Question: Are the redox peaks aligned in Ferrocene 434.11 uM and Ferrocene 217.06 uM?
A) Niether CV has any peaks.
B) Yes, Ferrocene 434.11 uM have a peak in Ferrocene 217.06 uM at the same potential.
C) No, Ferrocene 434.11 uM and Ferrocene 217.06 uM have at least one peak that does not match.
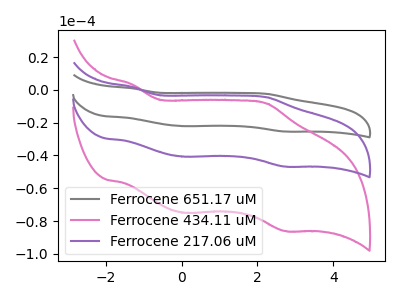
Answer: <think>The gray curve "Ferrocene 651.17 uM" has anodic peaks at (-1.30V, 3.60uA) (2.25V, -9.10uA) and cathodic peaks at (0.05V, -81.50uA) (2.75V, -93.55uA). The pink curve "Ferrocene 434.11 uM" has anodic peaks at (-1.30V, 3.30uA) (2.25V, -8.35uA) and cathodic peaks at (0.05V, -75.00uA) (2.75V, -86.10uA). The purple curve "Ferrocene 217.06 uM" has anodic peaks at (-1.30V, 1.80uA) (2.25V, -4.55uA) and cathodic peaks at (0.05V, -40.75uA) (2.75V, -46.80uA).</think>
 <answer>B) Yes, "Ferrocene 434.11 uM" have a peak in "Ferrocene 217.06 uM" at the same potential.</answer>
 <eval>B</eval>